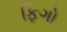
ફિગો